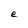
Character: e